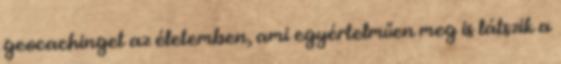
geocachinget az életemben, ami egyértelműen meg is látszik a